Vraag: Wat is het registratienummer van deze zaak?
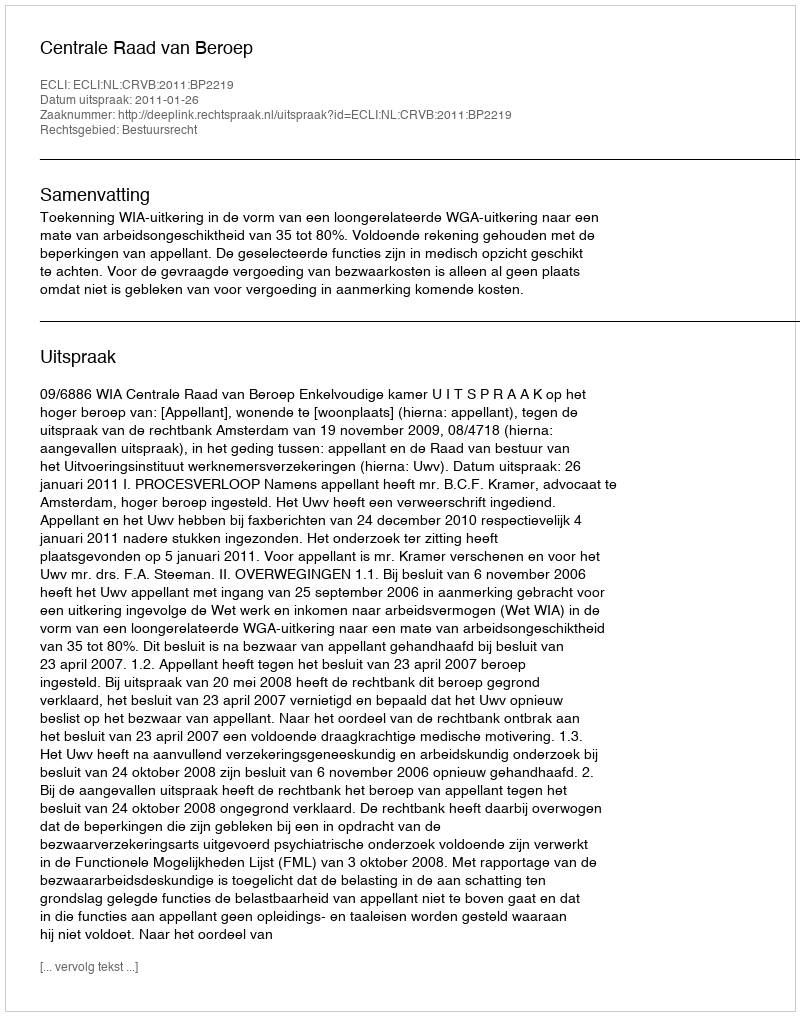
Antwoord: http://deeplink.rechtspraak.nl/uitspraak?id=ECLI:NL:CRVB:2011:BP2219